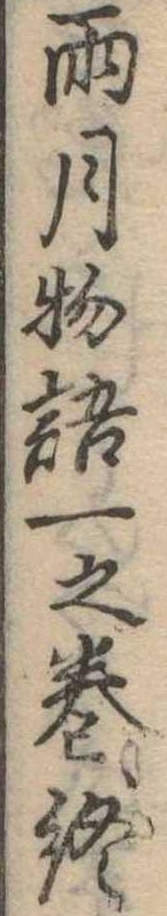
雨月物語一之巻終